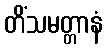
တိံသမတ္တာနံ